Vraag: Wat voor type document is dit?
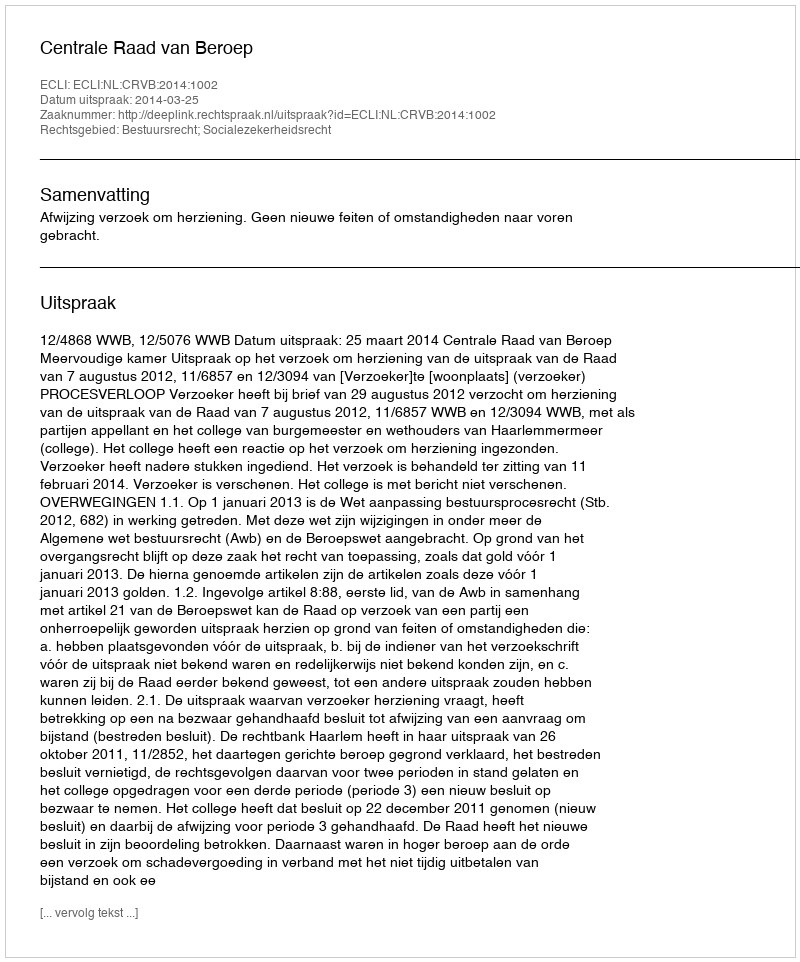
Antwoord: Uitspraak